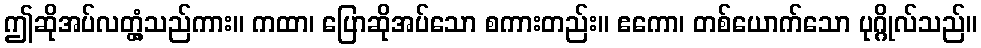
ဤဆိုအပ်လတ္တံ့သည်ကား။ ကထာ၊ ပြောဆိုအပ်သော စကားတည်း။ ဧကော၊ တစ်ယောက်သော ပုဂ္ဂိုလ်သည်။